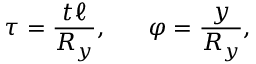
\tau = { \frac { t \ell } { R _ { y } } } , ~ ~ ~ ~ ~ \varphi = { \frac { y } { R _ { y } } } ,